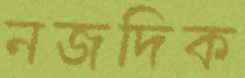
নজদিক